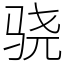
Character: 骁